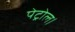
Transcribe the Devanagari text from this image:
पेट्रोल।